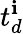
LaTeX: t_{d}^{\mathbf{i}}